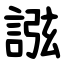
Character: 誸